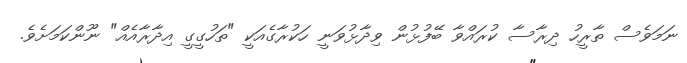
ނަމަވެސް ތާރީހު ދިރާސާ ކުރައްވާ ބޭފުޅުން ވިދާޅުވަނީ ހަކުރާގެއަކީ "ތަހުގީގީ އިދާރާއެއް" ނޫންކަމަށެވެ.